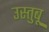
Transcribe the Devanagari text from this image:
उस्तुबू